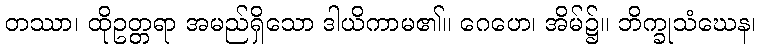
တဿာ၊ ထိုဥတ္တရာ အမည်ရှိသော ဒါယိကာမ၏။ ဂေဟေ၊ အိမ်၌။ ဘိက္ခုသံဃေန၊